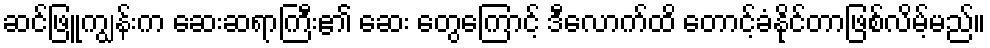
ဆင်ဖြူကျွန်းက ဆေးဆရာကြီး၏ ဆေး တွေကြောင့် ဒီလောက်ထိ တောင့်ခံနိုင်တာဖြစ်လိမ့်မည်။